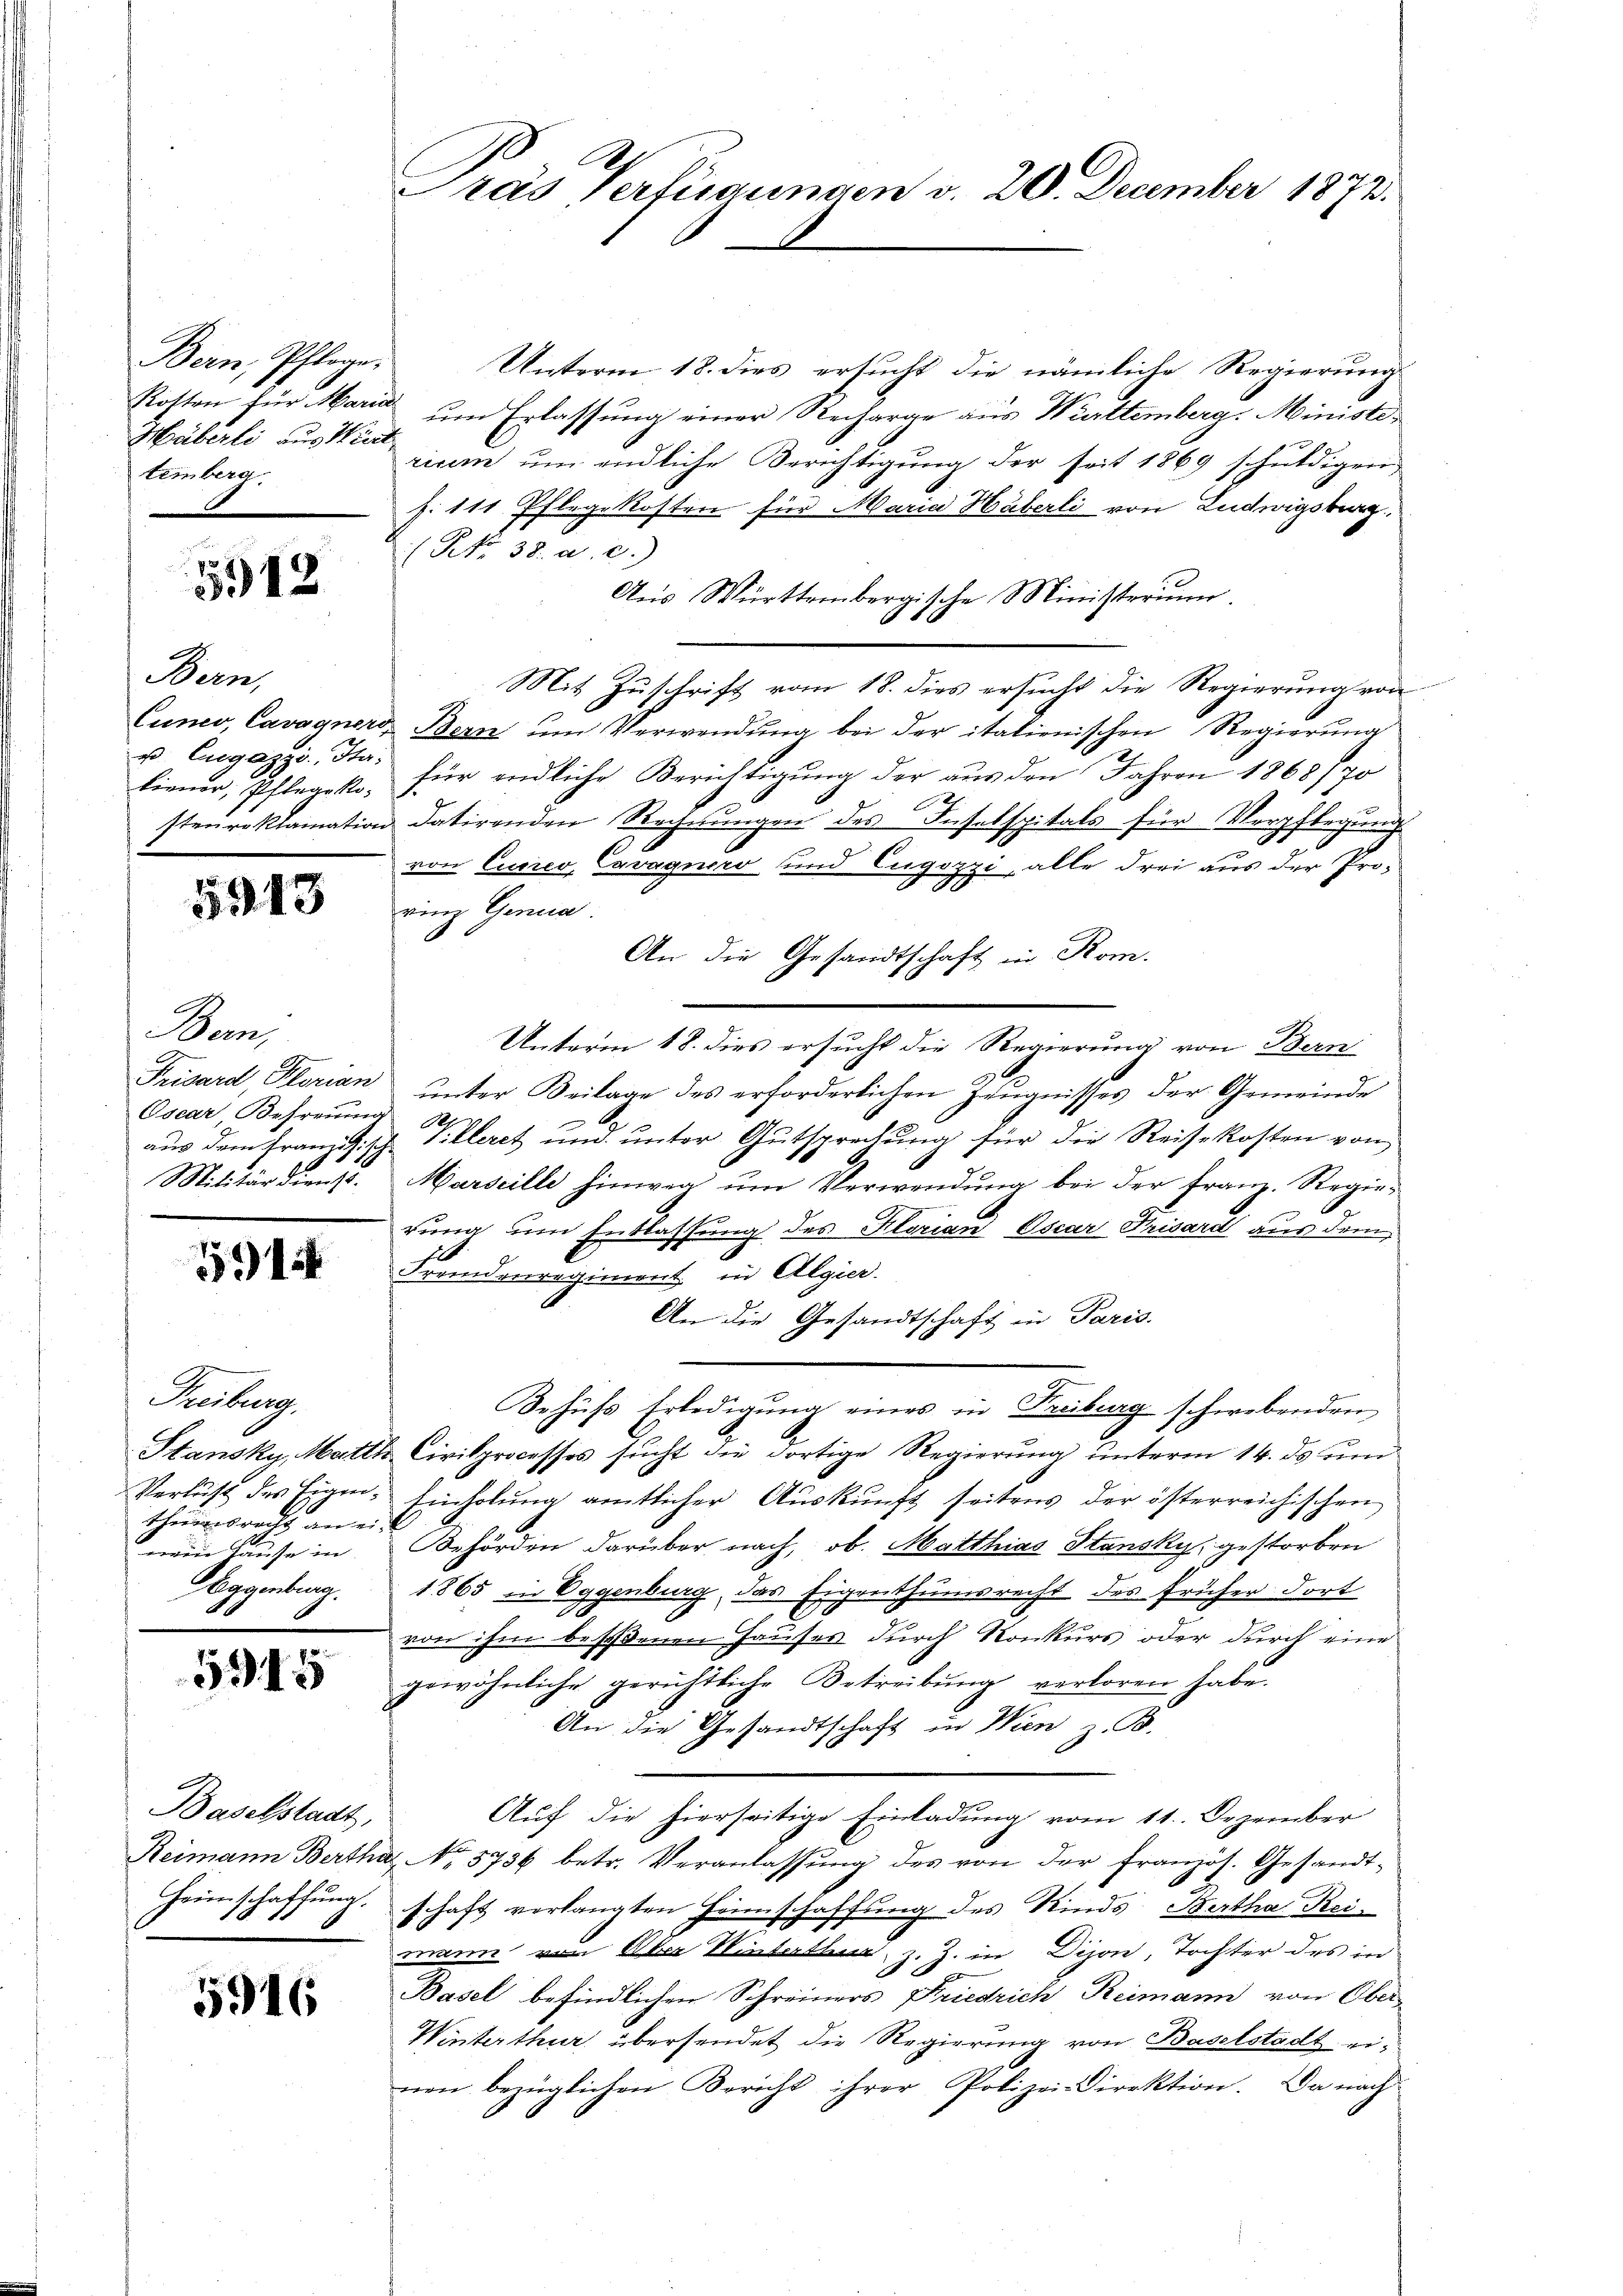
Bern, Pflege.
Häberli aus Wied
temberg
F

5912

Bern,
u. Eugazzo, Ita

5913

Bern,
Prisard, Plorian
Oscar Befreiung
Militärdienst.

51

Freiburg.
Verlust des Eigen
theuerbracht ane
wein Hause in
Aggenburg.

59. 45

Baselstadt,

5916

Unterm 18. dies ersucht die nämliche Regierung
Kosten für Maria um Erlassung einer Recharge aus Württemberg. Ministeriren um endliche Berichtigung der seit 1869 schuldigen
s: 111 Pflegekosten für Maria Häberli von Ludwigsburg
(NNo. 38. a. c.)
Aus Württembergische Ministerium.
6
Mit Zuschrift vom 18. dies ersucht die Regierung von
Cunco, Cavagner Bern ŭm Verwendŭng bei der italienischen Regierŭng
liener, Pflegek, für endliche Berichtigung der aus den Jahren 1868/70
steŭroklamation datirenden Rechnŭngen des Inselspitals für Verpflegung
von Eueres, Cavagners und Eugozzi, alle drei aus der Prorinz Genua
An die Gesandtschaft in Kom.
Unterm 18. dies ersucht die Regierung von Bern
ŭnter Beilage des erforderlichen Zeŭgnisses der Gemeinde
A
aus dem Franzisch Pilleret und unter Gutsprechung für die Reisekosten von
Marseille hinweg ŭm Verwendung bei der Franz. Regierung um Entlassung des Klorian Oscar Krisard aus dem
9
Tremonregiment in Algier.
An die Gesandtschaft in Paris.
Behŭfs Erledigŭng eines in Freiburg schwebenden
Stansky, Matth. Civilprocesses sucht die dortige Regierung unterm 14. ds um
d. Einholung amtlicher Auskunft seitens der österreichischen
,
Behörden darüber nach, ob. Matthias Stansky, gestorben
1865 in Eggenburg, das Eigenthumsrecht des früher dort
von ihm bessenen Hauses durch Konkurs oder durch eine
gewöhnliche gerichtliche Betreibŭng verloren habe.
An die Gesandtschaft in Wien z. B.
Auf die hierseitige Einladung vom 11. Dezember
Reimann Bertha, No. 5736 betr. Veranlassŭng des von der französ. Gesandt-
Heimschaffŭng. Schaft verlangten Heimschaffung des Kinds- Bertha Reimann von Ober Winterthur, z. Z. in Dison, Tochter des in
1
Basel befindlichen Schreiners Friedrich Reimann von Ober
Winterthur übersendet die Regierung von Baselstadt einen bezüglichen Bericht ihrer Polizei-Direktion. Da nach

Pras Verfügungen v. 20. December 1873.